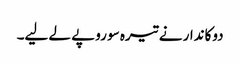
دوکاندار نے تیرہ سو روپے لے لیے۔